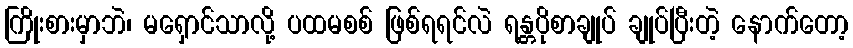
ကြိုးစားမှာဘဲ၊ မရှောင်သာလို့ ပထမစစ် ဖြစ်ရရင်လဲ ရန္တပိုစာချုပ် ချုပ်ပြီးတဲ့ နောက်တော့